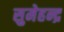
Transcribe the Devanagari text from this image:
सुमेहन्द्र